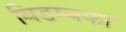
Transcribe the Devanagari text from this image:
बिडम्बका